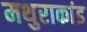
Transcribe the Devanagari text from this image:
मथुराकांड